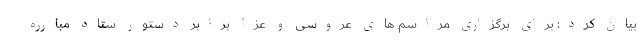
بیان کرد: برای برگزاری مراسم های عروسی و عزا برابر دستور ستاد مبارزه